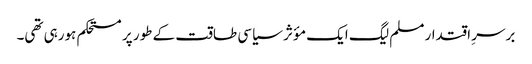
برسرِ اقتدار مسلم لیگ ایک مؤثر سیاسی طاقت کے طور پر مستحکم ہورہی تھی۔